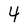
Character: 4